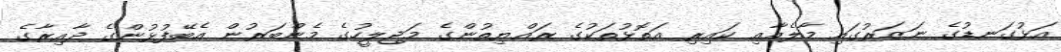
އަޅުގަނޑުގެ ނަޒަަރުގައި މާލެއާއި ކައިރި އަތޮޅުތަކުގެ ރައްޔިތުންގެ މަޖިލީހުގެ މެންބަރުން އެބޭފުޅުންގެ ދާއިރާގެ